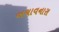
બચાવનારા